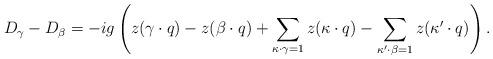
LaTeX: \begin{align*}D_{\gamma}-D_{\beta}=-ig\left(z(\gamma\cdot q)-z(\beta\cdot q)+\sum_{\kappa\cdot\gamma=1}z(\kappa\cdot q)-\sum_{\kappa'\cdot\beta=1}z(\kappa'\cdot q)\right).\end{align*}